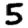
Digit: 5